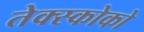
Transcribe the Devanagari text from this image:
तेक्स्कोको